Juuru_vallavalitsus, lk 50
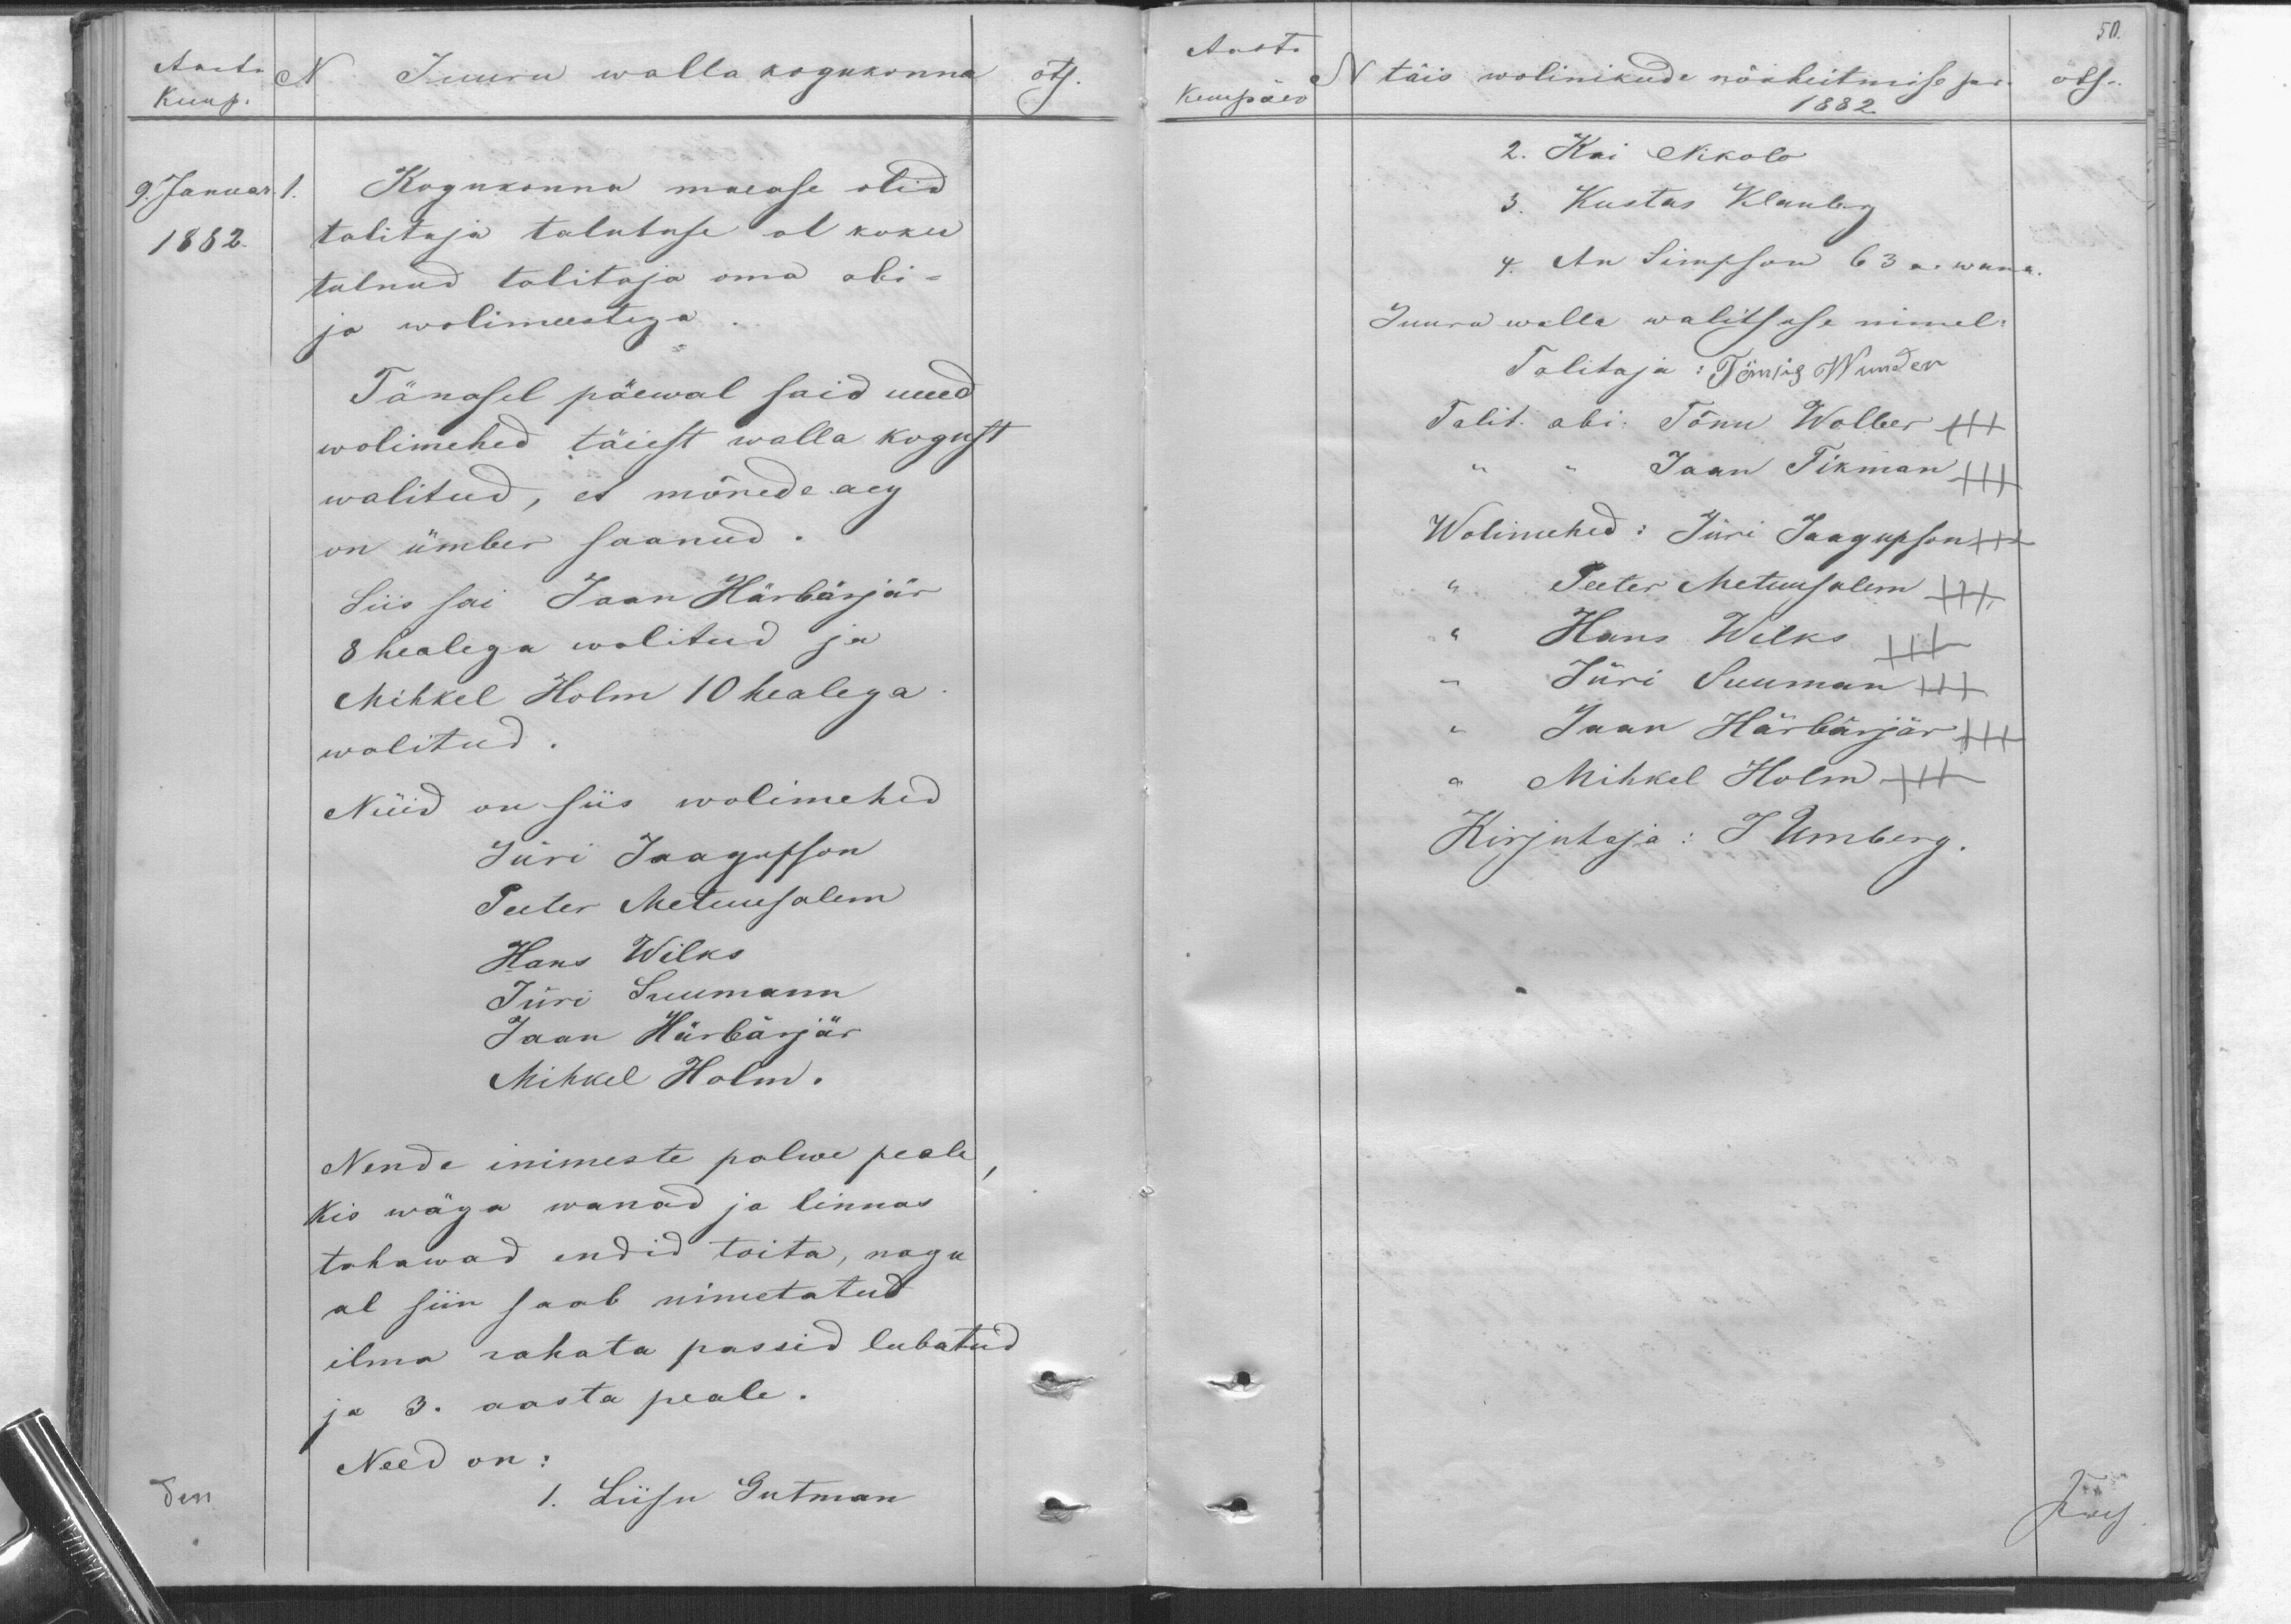
Aastad
Kuup.
9. Januar 1.
1882.
Juuru walla kogukonna
ots.
Kogukonna maease olid
talitaja talutuse al koku
tulnud talitaja oma abi-
ja wolimeestega.
Tänasel päewal said uued
wolimehed täiest walla kogust
walitud, et mõnede aeg
on ümber saanud.
Siis sai Jaan Härbarjär
8 healega wolitud ja
Mihkel Holm 10 healega
walitud.
Nüid on siis wolimehed
Juri Jaagupson
Peeter Metuusalem
Hans Wilks
Jüri Suumann
Jaan Härbarjär
Mihkel Holm.
Nende inimeste palwe peale,
Kis wäga wanad ja linnas
tahawad endid toita, nagu
al siin saab nimetatud
ilma rahata passid lubatud
ja 3. aasta peale.
Need on:
1. Liisu Gutman
den

50.
Aasta
Kuupäev
N
täis wolinikude nõuheitmise pr.
ots.
1882
2. Kai Nikolo
3. Kustas Klanberg
4. An Simsson 63 a. wana
Juuru walla walitsuse nimel:
Talitaja: Tönnis Wunder
Talit abi. Tõnu Wolber +++
Jaan Tikman
Wolimehed: Jüri Jaagupson
Peeter Metuusalem
Hans Wilks
Jüri Suuman
Jaan Härbarjär
Mihkel Holm +++
Kirjutaja: J Umberg.